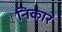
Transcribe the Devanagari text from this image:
निकार